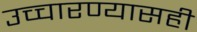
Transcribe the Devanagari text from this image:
उच्चारण्यासही